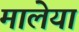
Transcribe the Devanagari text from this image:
मालेया